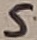
Text: 5